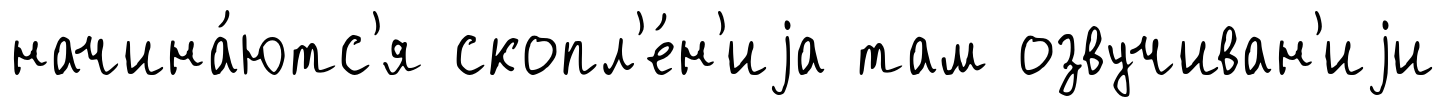
начина́ютс'я скопл'е́н'иjа там озвучиван'иjи